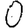
Digit: 0